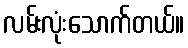
လမ်းလုံးသောက်တယ်။